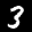
Label: 3